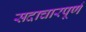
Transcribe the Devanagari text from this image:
सदाचारपूर्ण